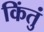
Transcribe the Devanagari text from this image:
किंतुं